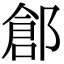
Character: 𨜾